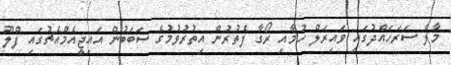
މާލެ ސަރަހައްދުގައި ވައިރަލް ހުމާއި ރޯގާ ފެތުރުން އިތުރުވުމުގެ ސަބަބުން އައިޖީއެމްއެޗުގައި ފްލޫ